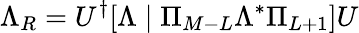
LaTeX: \Lambda_{R}=U^{\dagger}[\Lambda\mid\Pi_{M-L}\Lambda^{*}\Pi_{L+1}]U